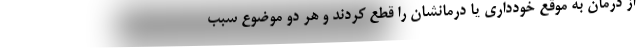
از درمان به موقع خودداری یا درمانشان را قطع کردند و هر دو موضوع سبب